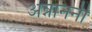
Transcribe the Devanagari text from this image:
अन्नाननी